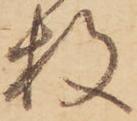
枚